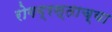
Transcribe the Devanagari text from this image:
रोगग्रस्ताच्या